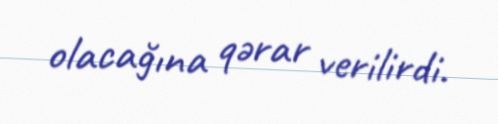
olacağına qərar verilirdi.